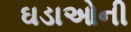
ઘડાઓની